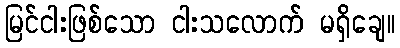
မြင်ငါးဖြစ်သော ငါးသလောက် မရှိချေ။